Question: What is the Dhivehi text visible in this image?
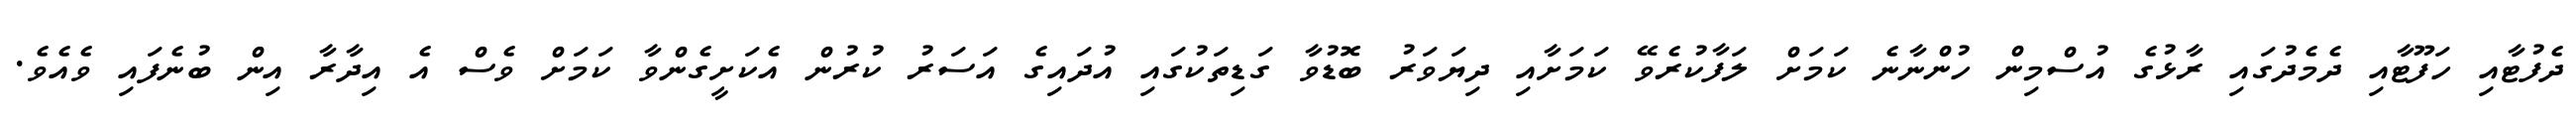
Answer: ދެފުޓާއި ހަފޫޓާއި ދެމެދުގައި ރާޅުގެ އުސްމިން ހުންނާނެ ކަމަށް ލަފާކުރެވޭ ކަމަށާއި ދިޔަވަރު ބޮޑުވާ ގަޑިތަކުގައި އުދައިގެ އަސަރު ކުރުން އެކަށީގެންވާ ކަމަށް ވެސް އެ އިދާރާ އިން ބުނެފައި ވެއެވެ.